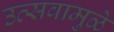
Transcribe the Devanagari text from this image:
उत्सवामुळे